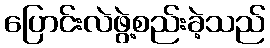
ပြောင်းလဲဖွဲ့စည်းခဲ့သည်